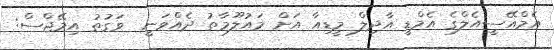
އެމްއޭސީއެލްގެ އެމްޑީ އާދިލް މީޑިއާ އަށް މައުލޫމާތު ދެއްވަނީ  ވަގުތު އިމޭޖްސް: